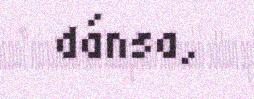
dánsa,